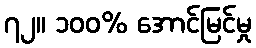
၇၂။ ၁၀၀% အောင်မြင်မှု